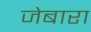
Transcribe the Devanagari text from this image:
जेबारा